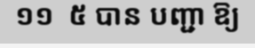
១១  ៥ បាន បញ្ជា ឱ្យ